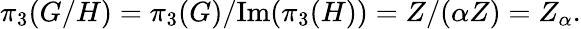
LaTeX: \pi_{3}(G/H)=\pi_{3}(G)/\mathrm{Im}(\pi_{3}(H))=Z/(\alpha Z)=Z_{\alpha}.